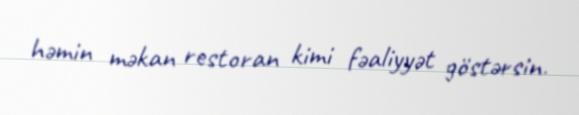
həmin məkan restoran kimi fəaliyyət göstərsin.